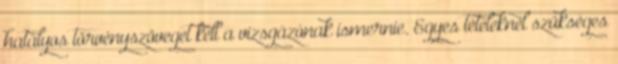
hatályos törvényszöveget kell a vizsgázónak ismernie. Egyes tételeknél szükséges